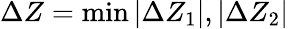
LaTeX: \Delta{Z}=\operatorname*{min}{|\Delta{Z}_{1}|,|\Delta{Z}_{2}|}